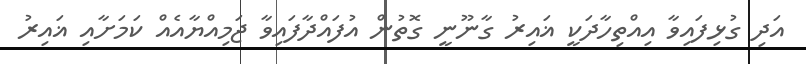
އަދި ގުޅިފައިވާ އިއްތިހާދަކީ ޣައިރު ގާނޫނީ ގޮތުން އުފައްދާފައިވާ ޖަމިއްޔާއެއް ކަމަށާއި ޣައިރު